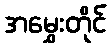
အမွှေးတိုင်